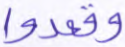
وقعدوا